Report of the Indian Hemp Drugs Commission, 1894-1895 - Volume VIII
Year: 1894
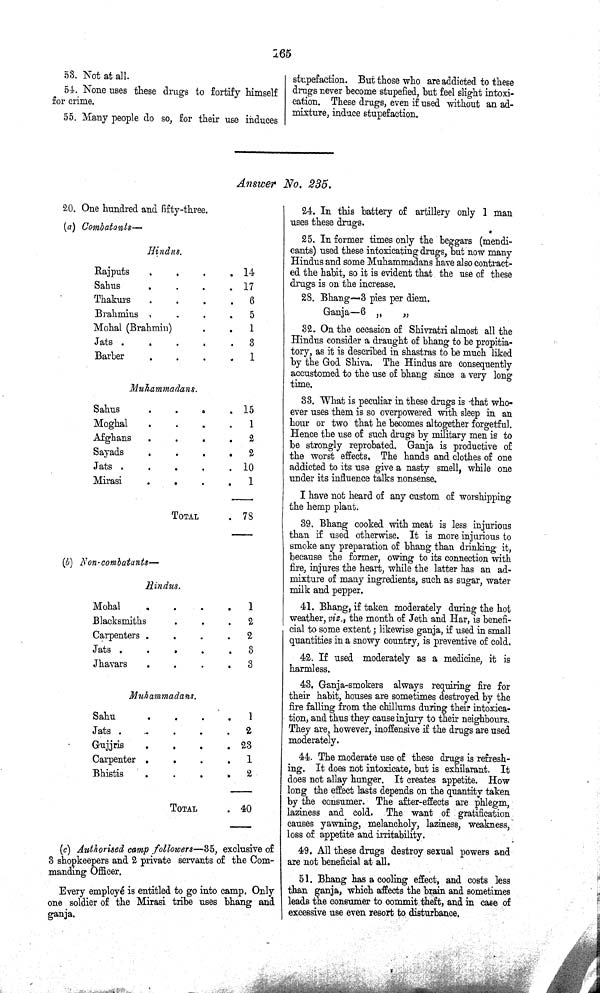
265
53. Not at all.
54. None uses these drugs to fortify himself
for crime.
55. Many people do so, for their use induces
stupefaction. But those who are addicted to these
drugs never become stupefied, but feel slight intoxi¬
cation. These drugs, even if used without an ad¬
mixture, induce stupefaction.
Answer No. 235.
20. One hundred and fifty-three.
(a) Combatants—
Hindus.
Rajputs
14
Sahus
17
Thakurs
6
Brahmins
5
Mohal (Brahmin)
1
Jats
3
Barber
1
Muhammadans.
Sahus
15
Moghal
1
Afghans
2
Sayads
2
Jats
10
Mirasi
1
TOTAL
78
(b) Non combatant—
Hindus.
Mohal
1
Blacksmiths
2
Carpenters
2
Jats
3
Jhavars
3
Muhammadans.
Sahu
1
Jats
2
Gujjris
23
Carpenter
1
Bhistis
2
TOTAL
40
(c) Authorised camp followers—35, exclusive of
3 shopkeepers and 2 private servants of the Com¬
manding Officer.
Every employé is entitled to go into camp. Only
one soldier of the Mirasi tribe uses bhang and
ganja.
24. In this battery of artillery only 1 man
uses these drugs.
25. In former times only the beggars (mendi¬
cants) used these intoxicating drugs, but now many
Hindus and some Muhammadans have also contract¬
ed the habit, so it is evident that the use of these
drugs is on the increase.
28. Bhang—3 pies per diem.
Ganja—6 "
"
32. On the occasion of Shivratri almost all the
Hindus consider a draught of bhang to be propitia¬
tory, as it is described in shastras to be much liked
by the God Shiva. The Hindus are consequently
accustomed to the use of bhang since a very long
time.
33. What is peculiar in these drugs is that who¬
ever uses them is so overpowered with sleep in an
hour or two that he becomes altogether forgetful.
Hence the use of such drugs by military men is to
be strongly reprobated. Ganja is productive of
the worst effects. The hands and clothes of one
addicted to its use give a nasty smell, while one
under its influence talks nonsense.
I have not heard of any custom of worshipping
the hemp plant.
39. Bhang cooked with meat is less injurious
than if used otherwise. It is more injurious to
smoke any preparation of bhang than drinking it,
because the former, owing to its connection with
fire, injures the heart, while the latter has an ad¬
mixture of many ingredients, such as sugar, water
milk and pepper.
41. Bhang, if taken moderately during the hot
weather, viz., the month of Jeth and Har, is benefi¬
cial to some extent; likewise ganja, if used in small
quantities in a snowy country, is preventive of cold.
42. If used moderately as a medicine, it is
harmless.
43. Ganja-smokers always requiring fire for
their habit, houses are sometimes destroyed by the
fire falling from the chillums during their intoxica¬
tion, and thus they cause injury to their neighbours.
They are, however, inoffensive if the drugs are used
moderately.
44. The moderate use of these drugs is refresh¬
ing. It does not intoxicate, but is exhilarant. It
does not allay hunger. It creates appetite. How
long the effect lasts depends on the quantity taken
by the consumer. The after-effects are phlegm,
laziness and cold. The want of gratification
causes yawning, melancholy, laziness, weakness,
loss of appetite and irritability.
49. All these drugs destroy sexual powers and
are not beneficial at all.
51. Bhang has a cooling effect, and costs less
than ganja, which affects the brain and sometimes
leads the consumer to commit theft, and in case of
excessive use even resort to disturbance.